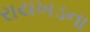
રાયખડના